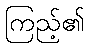
ကြည့်၏